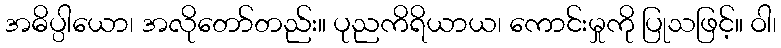
အဓိပ္ပါယော၊ အလိုတော်တည်း။ ပုညကိရိယာယ၊ ကောင်းမှုကို ပြုသဖြင့်။ ဝါ၊